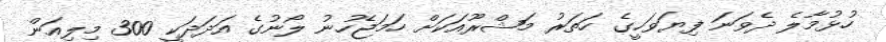
ހުޅުމާލެ ދެވަނަ ފިޔަވަހީގެ ހަތަރު މަޝްރޫއަކަށް ހަމަޖެހުނު ލޯނުގެ އަދަދަކީ 300 މިލިއަން